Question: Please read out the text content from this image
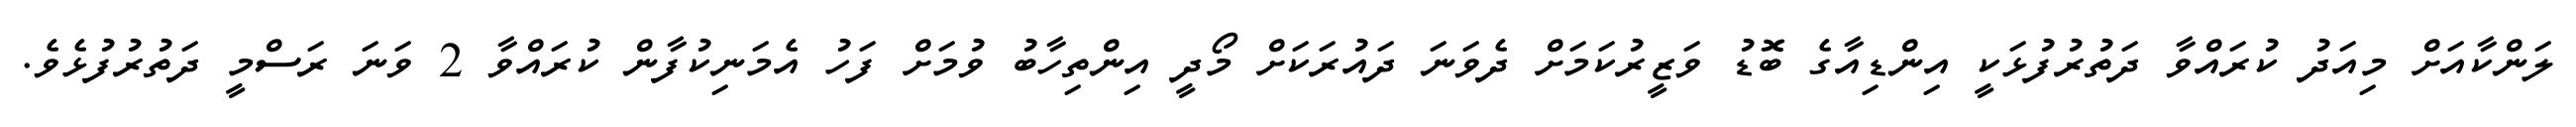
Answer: ލަންކާއަށް މިއަދު ކުރައްވާ ދަތުރުފުޅަކީ އިންޑިއާގެ ބޮޑު ވަޒީރުކަމަށް ދެވަނަ ދައުރަކަށް މޯދީ އިންތިހާބު ވުމަށް ފަހު އެމަނިކުފާން ކުރައްވާ 2 ވަނަ ރަސްމީ ދަތުރުފުޅެވެ.